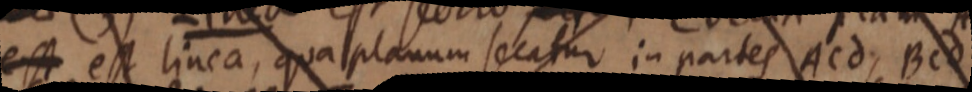
est est linea, qua planum secatur in partes Acd, Bcd